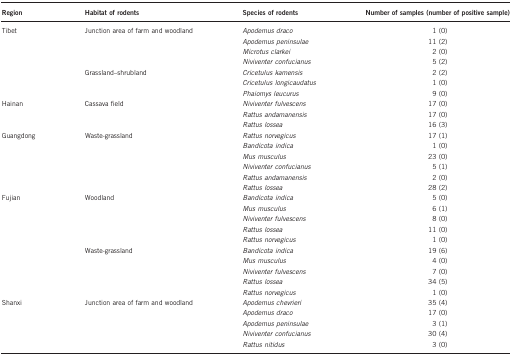
<table><thead><tr><td><b>Region</b></td><td><b>Habitat of rodents</b></td><td><b>Species of rodents</b></td><td><b>Number of samples (number of positive sample)</b></td></tr></thead><tbody><tr><td>Tibet</td><td>Junction area of farm and woodland</td><td><i>Apodemus draco</i></td><td>1 (0)</td></tr><tr><td> </td><td> </td><td><i>Apodemus peninsulae</i></td><td>11 (2)</td></tr><tr><td> </td><td> </td><td><i>Microtus clarkei</i></td><td>2 (0)</td></tr><tr><td> </td><td> </td><td><i>Niviventer confucianus</i></td><td>5 (2)</td></tr><tr><td> </td><td>Grassland–shrubland</td><td><i>Cricetulus kamensis</i></td><td>2 (2)</td></tr><tr><td> </td><td> </td><td><i>Cricetulus longicaudatus</i></td><td>1 (0)</td></tr><tr><td> </td><td> </td><td><i>Phaiomys leucurus</i></td><td>9 (0)</td></tr><tr><td>Hainan</td><td>Cassava field</td><td><i>Niviventer fulvescens</i></td><td>17 (0)</td></tr><tr><td> </td><td> </td><td><i>Rattus andamanensis</i></td><td>17 (0)</td></tr><tr><td> </td><td> </td><td><i>Rattus lossea</i></td><td>16 (3)</td></tr><tr><td>Guangdong</td><td>Waste-grassland</td><td><i>Rattus norvegicus</i></td><td>17 (1)</td></tr><tr><td> </td><td> </td><td><i>Bandicota indica</i></td><td>1 (0)</td></tr><tr><td> </td><td> </td><td><i>Mus musculus</i></td><td>23 (0)</td></tr><tr><td> </td><td> </td><td><i>Niviventer confucianus</i></td><td>5 (1)</td></tr><tr><td> </td><td> </td><td><i>Rattus andamanensis</i></td><td>2 (0)</td></tr><tr><td> </td><td> </td><td><i>Rattus lossea</i></td><td>28 (2)</td></tr><tr><td>Fujian</td><td>Woodland</td><td><i>Bandicota indica</i></td><td>5 (0)</td></tr><tr><td> </td><td> </td><td><i>Mus musculus</i></td><td>6 (1)</td></tr><tr><td> </td><td> </td><td><i>Niviventer fulvescens</i></td><td>8 (0)</td></tr><tr><td> </td><td> </td><td><i>Rattus lossea</i></td><td>11 (0)</td></tr><tr><td> </td><td> </td><td><i>Rattus norvegicus</i></td><td>1 (0)</td></tr><tr><td> </td><td>Waste-grassland</td><td><i>Bandicota indica</i></td><td>19 (6)</td></tr><tr><td> </td><td> </td><td><i>Mus musculus</i></td><td>4 (0)</td></tr><tr><td> </td><td> </td><td><i>Niviventer fulvescens</i></td><td>7 (0)</td></tr><tr><td> </td><td> </td><td><i>Rattus lossea</i></td><td>34 (5)</td></tr><tr><td> </td><td> </td><td><i>Rattus norvegicus</i></td><td>1 (0)</td></tr><tr><td>Shanxi</td><td>Junction area of farm and woodland</td><td><i>Apodemus chevrieri</i></td><td>35 (4)</td></tr><tr><td> </td><td> </td><td><i>Apodemus draco</i></td><td>17 (0)</td></tr><tr><td> </td><td> </td><td><i>Apodemus peninsulae</i></td><td>3 (1)</td></tr><tr><td> </td><td> </td><td><i>Niviventer confucianus</i></td><td>30 (4)</td></tr><tr><td> </td><td> </td><td><i>Rattus nitidus</i></td><td>3 (0)</td></tr></tbody></table>